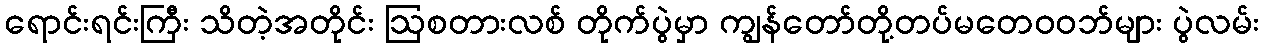
ရောင်းရင်းကြီး သိတဲ့အတိုင်း ဩစတားလစ် တိုက်ပွဲမှာ ကျွန်တော်တို့တပ်မတေဝဝဘ်များ ပွဲလမ်း